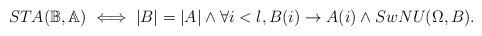
LaTeX: \begin{align*} STA(\mathbb{B},\mathbb{A})\iff |B|=|A|\wedge \forall i<l, B(i)\rightarrow A(i)\wedge SwNU(\Omega,B).\end{align*}